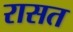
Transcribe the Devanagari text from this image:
रासत